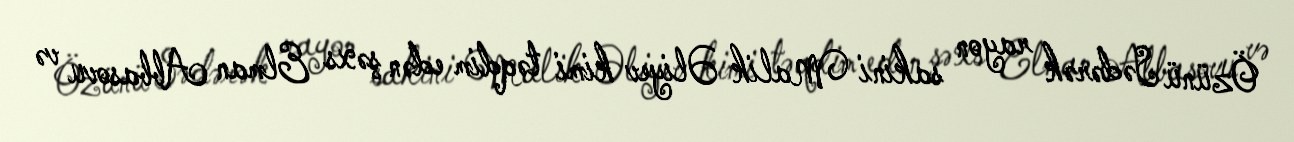
Özünü Sədərək rayon sakini Malik Əliyev kimi təqdim edən şəxs Elman Abbasovu və